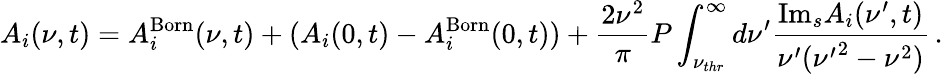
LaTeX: A_{i}(\nu,t)=A_{i}^{\mathrm{Born}}(\nu,t)+(A_{i}(0,t)-A_{i}^{\mathrm{Born}}(0,t))+{\frac{2\nu^{2}}{\pi}}P\int_{\nu_{thr}}^{\infty}d\nu^{\prime}{\frac{\mathrm{Im}_{s}A_{i}(\nu^{\prime},t)}{\nu^{\prime}({\nu^{\prime}}^{2}-\nu^{2})}}\, .